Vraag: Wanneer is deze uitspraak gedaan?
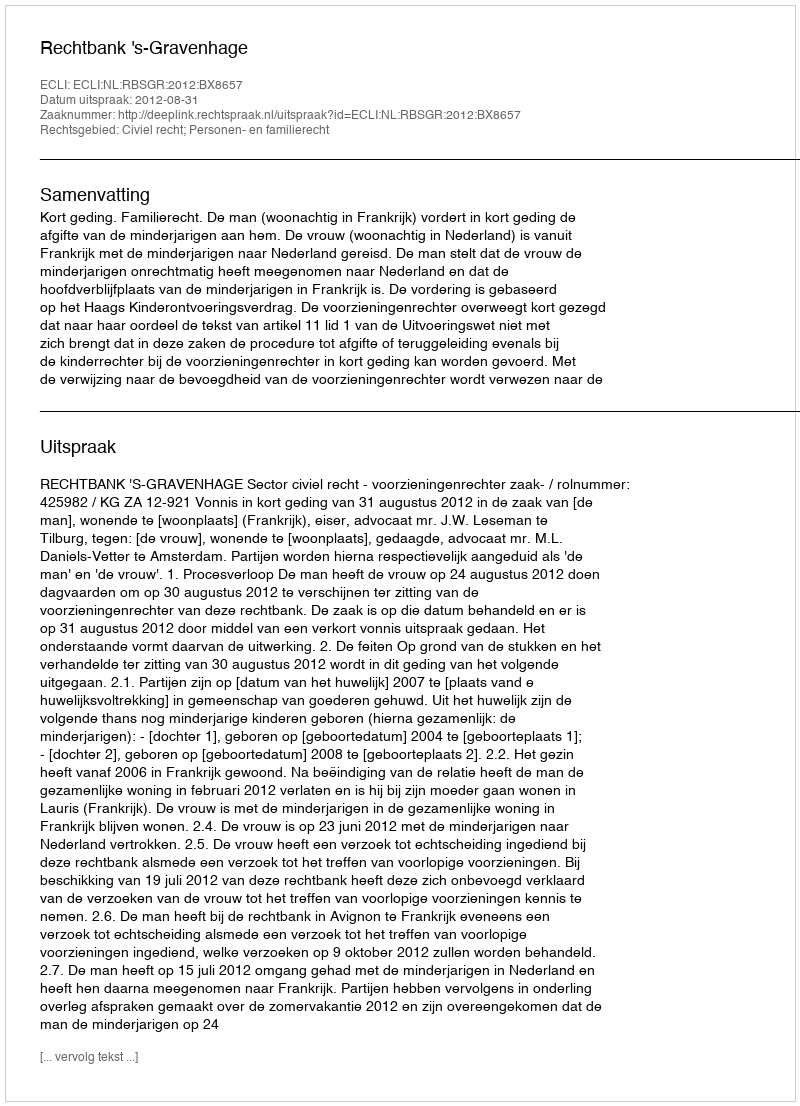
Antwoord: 2012-08-31